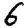
Digit: 6